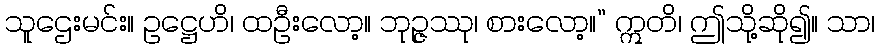
သူဌေးမင်း။ ဥဋ္ဌေဟိ၊ ထဦးလော့။ ဘုဉ္ဇဿု၊ စားလော့။” ဣတိ၊ ဤသို့ဆို၍။ သာ၊